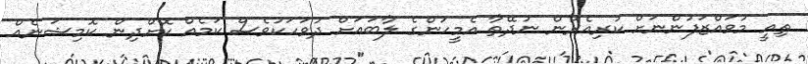
ތިއީ މުވައްޒަފުންނަށް ކުރިއެރުން ނުދޭތާ އެމީހުންގެ ލާބައަށް ދުވަހަކުވެސް ކަމެއް ކޮށްދިން ކޮމިޝަނެއް